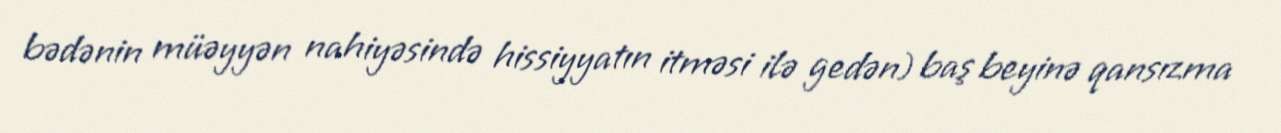
bədənin müəyyən nahiyəsində hissiyyatın itməsi ilə gedən) baş beyinə qansızma